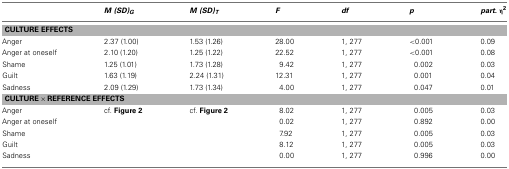
|  | M(SD)G | M(SD) T | F | df | p | part. η2 |
 | --- | --- | --- | --- | --- | --- | --- |
 | <COLSPAN=7> CULTURE EFFECTS |
 | Anger | 2.37 (1.00) | 1.53 (1.26) | 28.00 | 1, 277 | <0.001 | 0.09 |
 | Anger at oneself | 2.10 (1.20) | 1.25 (1.22) | 22.52 | 1, 277 | <0.001 | 0.08 |
 | Shame | 1.25 (1.01) | 1.73 (1.28) | 9.42 | 1, 277 | 0.002 | 0.03 |
 | Guilt | 1.63 (1.19) | 2.24 (1.31) | 12.31 | 1, 277 | 0.001 | 0.04 |
 | Sadness | 2.09 (1.29) | 1.73 (1.34) | 4.00 | 1, 277 | 0.047 | 0.01 |
 | <COLSPAN=7> CULTURE × REFERENCE EFFECTS |
 | Anger | cf. Figure 2 | cf. Figure 2 | 8.02 | 1, 277 | 0.005 | 0.03 |
 | Anger at oneself |  |  | 0.02 | 1, 277 | 0.892 | 0.00 |
 | Shame |  |  | 7.92 | 1, 277 | 0.005 | 0.03 |
 | Guilt |  |  | 8.12 | 1, 277 | 0.005 | 0.03 |
 | Sadness |  |  | 0.00 | 1, 277 | 0.996 | 0.00 |